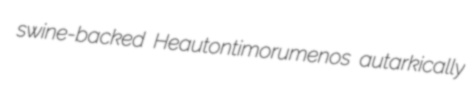
swine-backed Heautontimorumenos autarkically